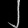
Digit: ၂